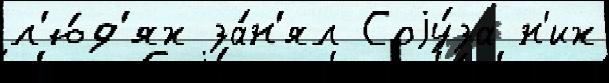
л'ю́д'ях за́н'ял Соjу́за н'их